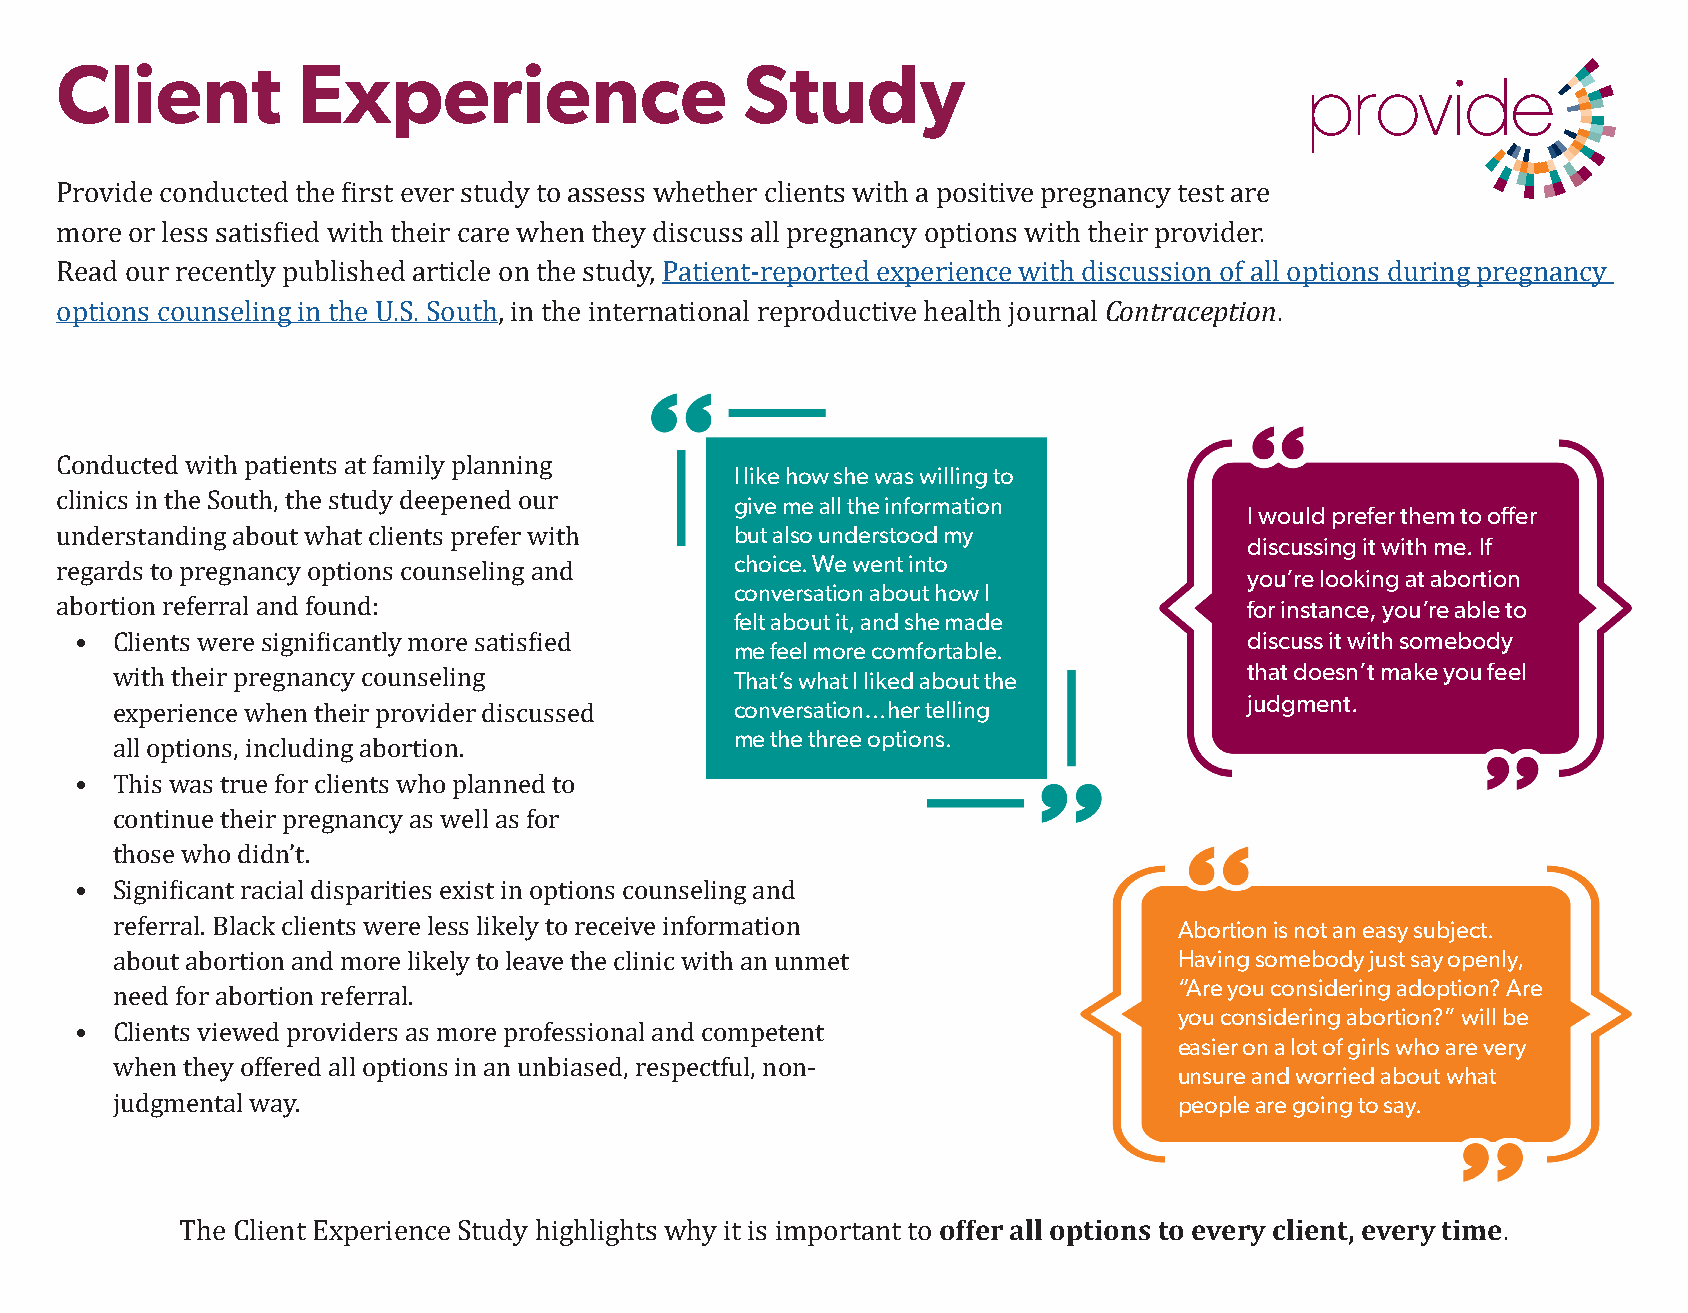
Client          Experience                   Study
 Provide conducted the first ever study to assess whether clients with a positive pregnancy test are
 more or less satisfied with their care when they discuss all pregnancy options with their provider.
 Contraception
 Read our recently published article on the study, Patient-reported experience with discussion of all options during pregnancy
 options counseling in the U.S. South, in the international reproductive health journal .
 I like how she was willing to
 give me all the information
 I would prefer them to offer
 Conducted with patients at family planning
 but also understood my
 discussing it with me. If
 clinics in the South, the study deepened our choice. We went into
 you’re looking at abortion
 understanding about what clients prefer with conversation about how I
 for instance, you’re able to
 felt about it, and she made
 regards to pregnancy options counseling and
 discuss it with somebody
 me feel more comfortable.
 abortion referral and found:                                                   that doesn’t make you feel
 That’s what I liked about the
 • Clients were significantly more satisfied                                   judgment.
 conversation…her telling
 with their pregnancy counseling           me the three options.
 experience when their provider discussed
 all options, including abortion.
 • This was true for clients who planned to
 continue their pregnancy as well as for
 those who didn’t.
 Abortion is not an easy subject.
 • Significant racial disparities exist in options counseling and
 Having somebody just say openly,
 referral. Black clients were less likely to receive information        “Are you considering adoption? Are
 about abortion and more likely to leave the clinic with an unmet       you considering abortion?” will be
 easier on a lot of girls who are very
 need for abortion referral.
 unsure and worried about what
 • Clients viewed providers as more professional and competent
 people are going to say.
 when they offered all options in an unbiased, respectful, non-
 judgmental way.
 offer all options to every client, every time
 The Client Experience Study highlights why it is important to                          .